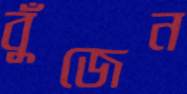
বুঁজেন